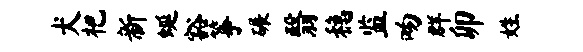
犬杷新蜒豁筝碾翳稳监吻群卯姓